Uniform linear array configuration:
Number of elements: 64
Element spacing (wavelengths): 0.25
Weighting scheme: hann
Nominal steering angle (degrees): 30
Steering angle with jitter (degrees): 30.519
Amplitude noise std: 0.05
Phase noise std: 0.05

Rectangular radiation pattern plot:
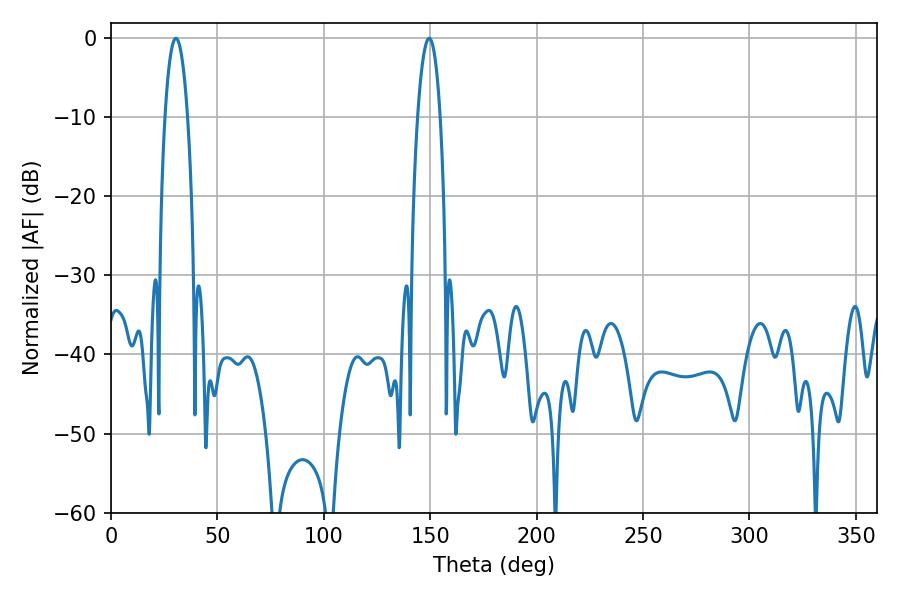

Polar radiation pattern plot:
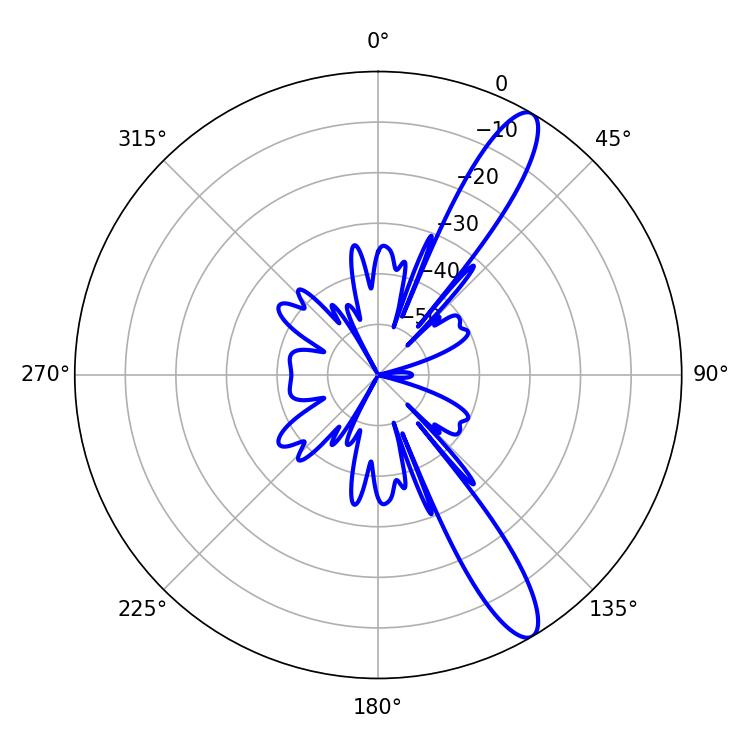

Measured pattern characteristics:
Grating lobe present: FALSE
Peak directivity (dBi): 12.502
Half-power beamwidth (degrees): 5.94
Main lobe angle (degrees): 30.42